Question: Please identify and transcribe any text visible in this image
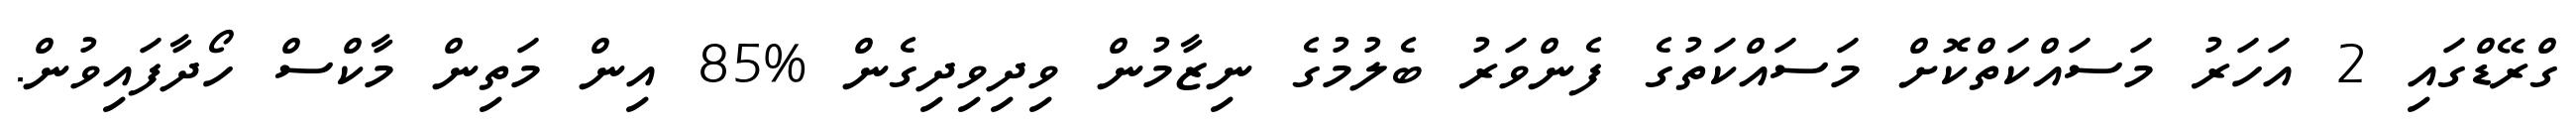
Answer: ގްރޭޑްގައި 2 އަހަރު މަސައްކަތްކޮށް މަސައްކަތުގެ ފެންވަރު ބެލުމުގެ ނިޒާމުން ވިދިވިދިގެން %85 އިން މަތިން މާކްސް ހޯދާފައިވުން.